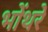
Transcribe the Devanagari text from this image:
भोंथरे